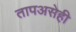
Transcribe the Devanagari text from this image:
तापअसेही